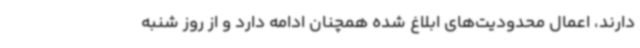
دارند، اعمال محدودیت‌های ابلاغ شده همچنان ادامه دارد و از روز شنبه